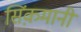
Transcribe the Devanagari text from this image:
सिंक़मानी